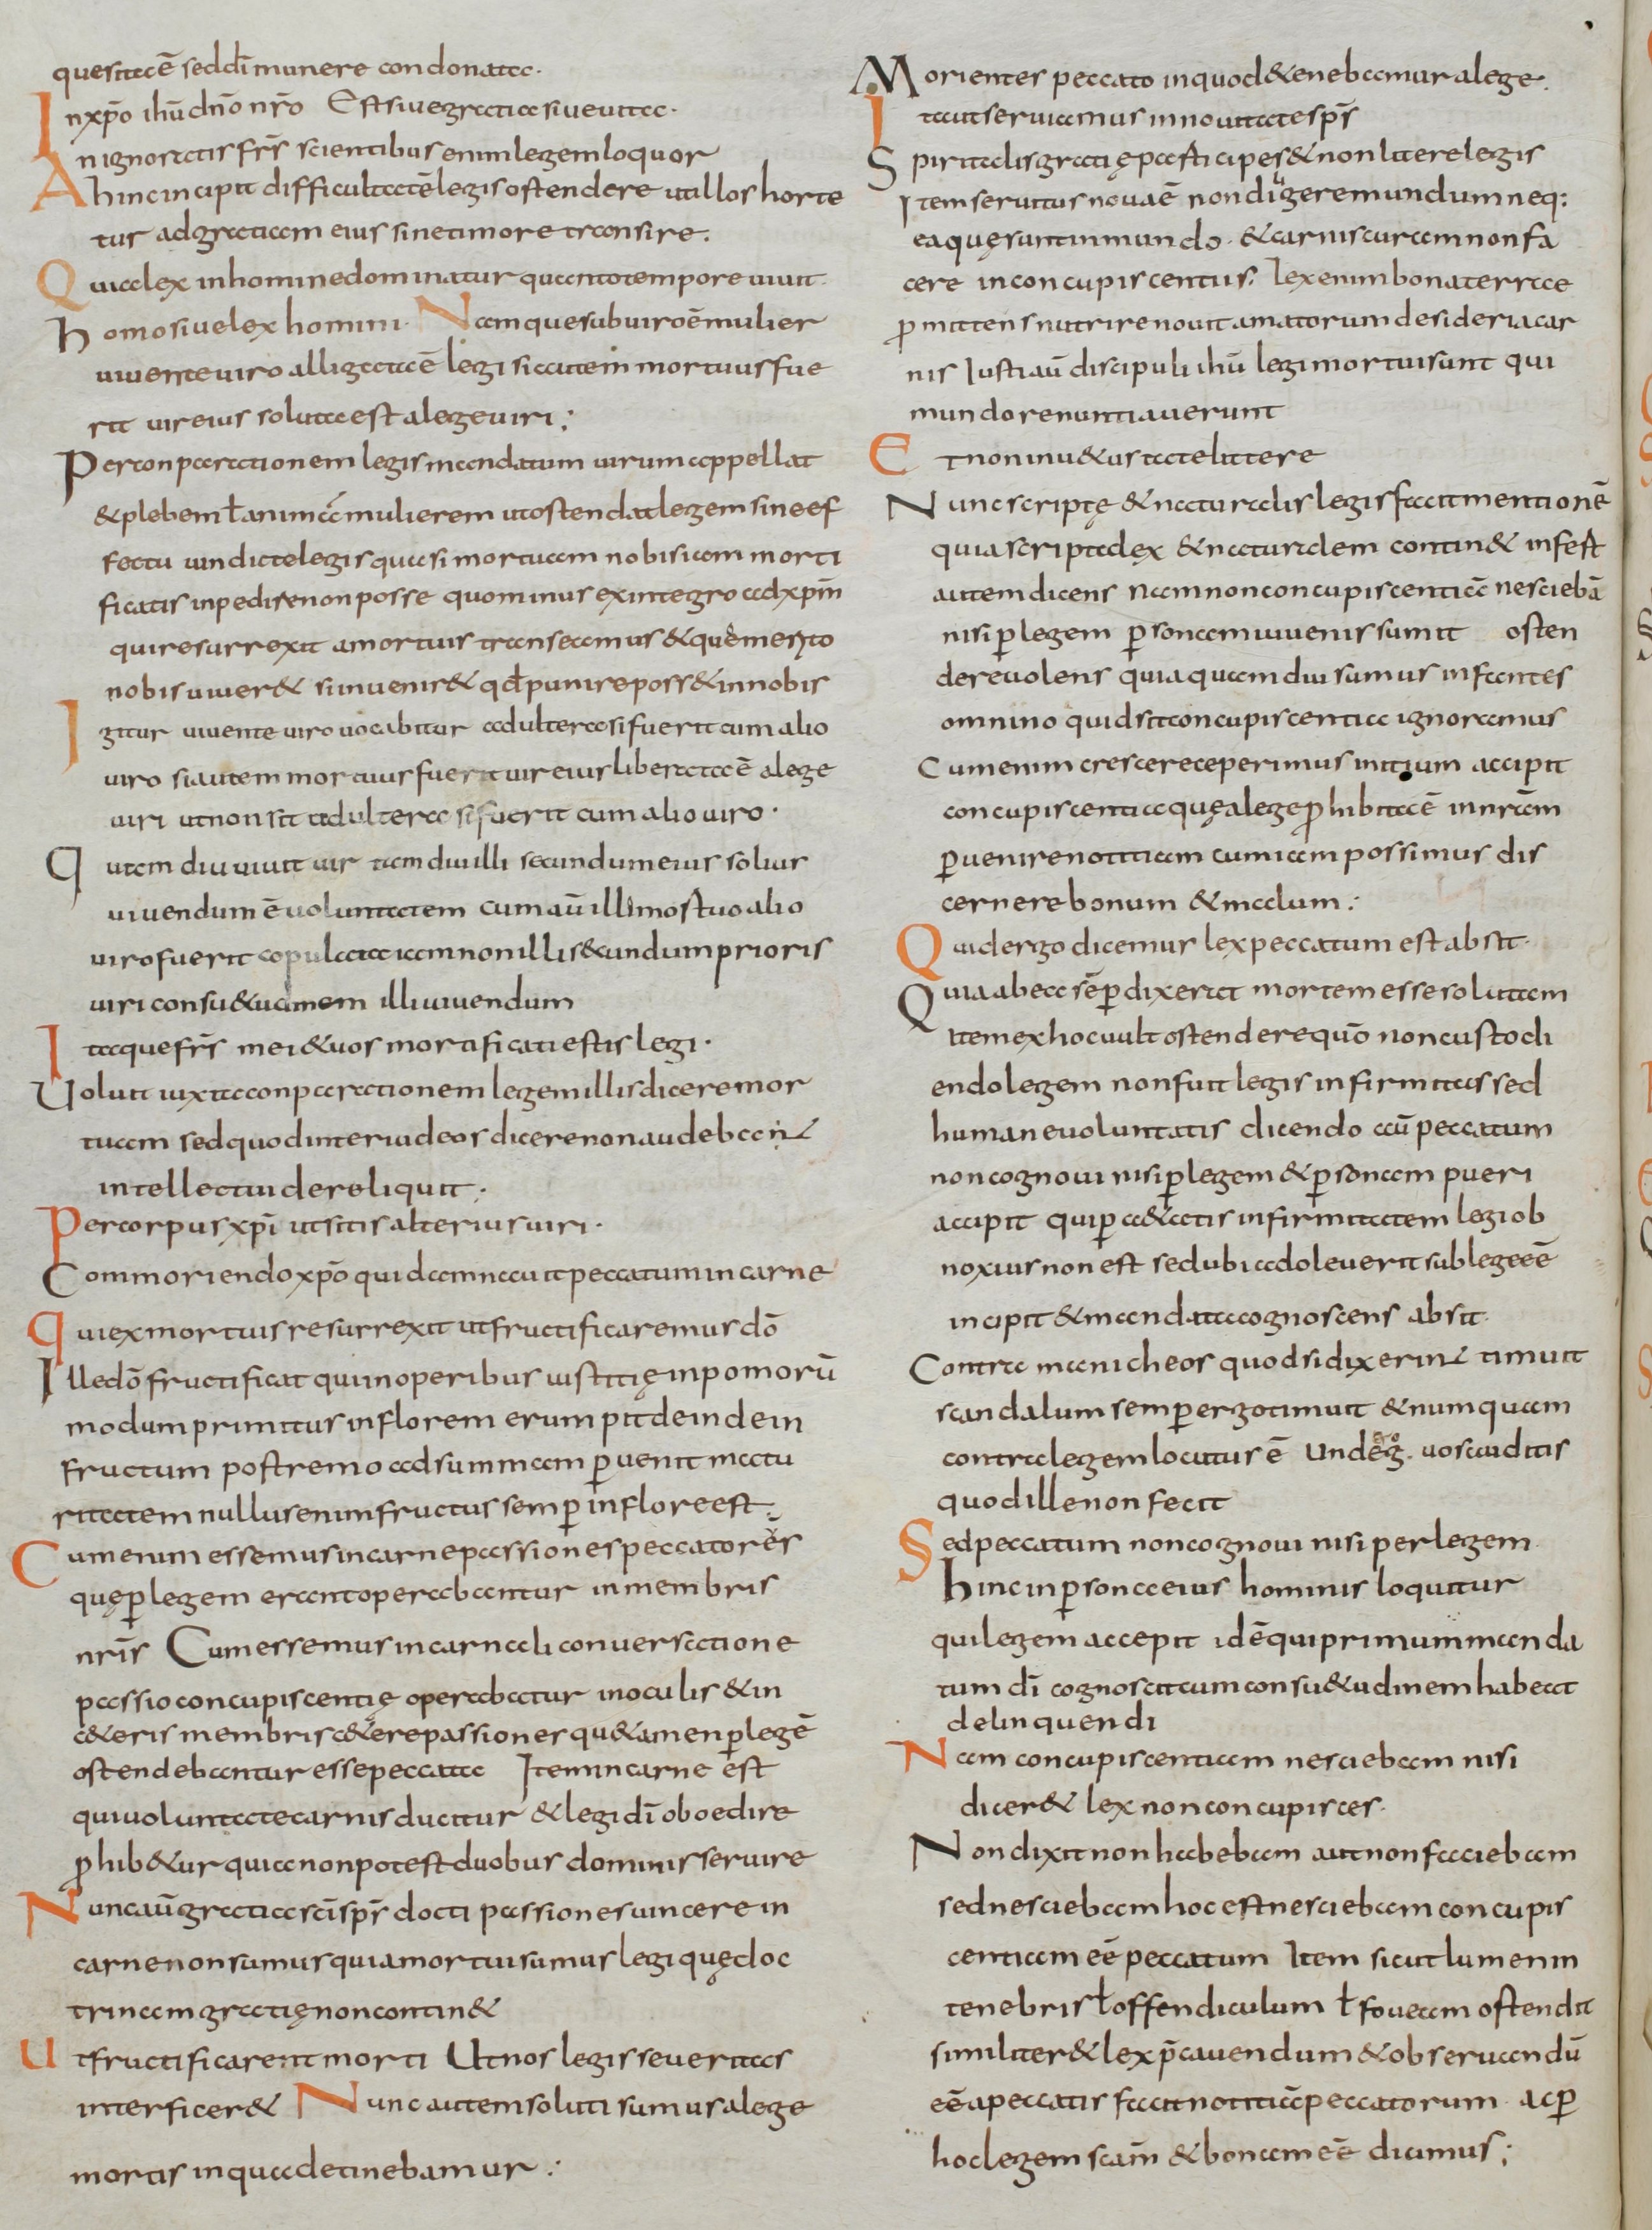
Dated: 800–830